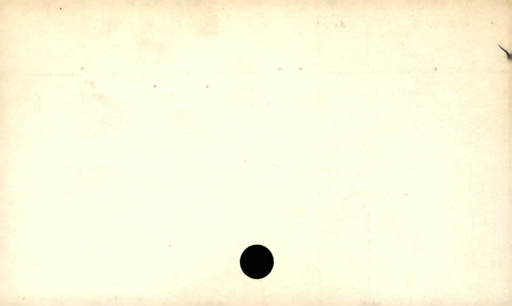
Label: blank